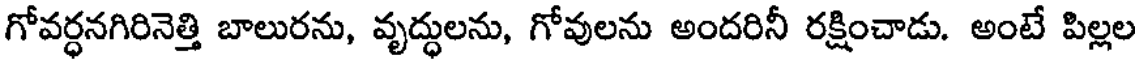
గోవర్ధనగిరినెత్తి బాలురను, వృద్ధులను, గోవులను అందరినీ రక్షించాడు. అంటే పిల్లల